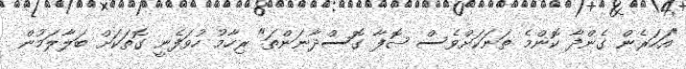
"އަހަރެން ގެންދާ ކޮންމެ ތަނަކަށްވެސް ޞޮފާ ގޮސްދާނަންތަ" ރިހާމު ހުވަފެނީ ގޮތަކަށް ބަލާލަމުން